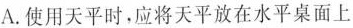
A. 使用天平时，应将天平放在水平桌面上